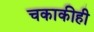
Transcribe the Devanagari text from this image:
चकाकीही